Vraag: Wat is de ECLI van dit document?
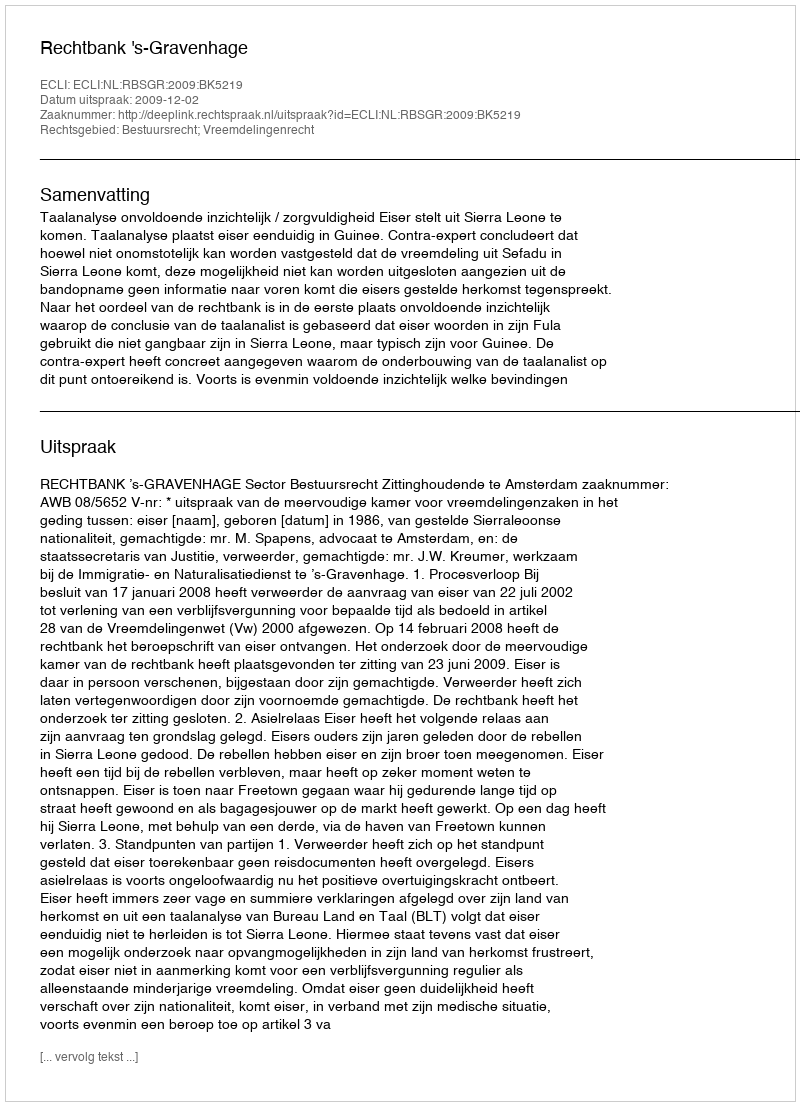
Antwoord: ECLI:NL:RBSGR:2009:BK5219